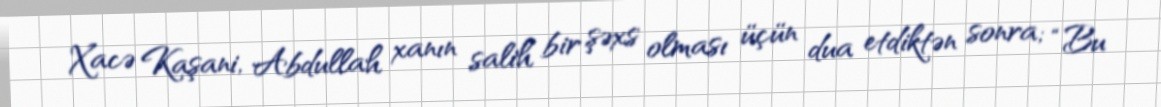
Xacə Kaşani, Abdullah xanın salih bir şəxs olması üçün dua etdiktən sonra; “Bu